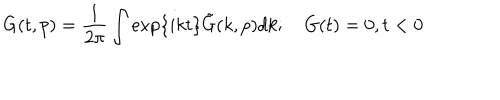
LaTeX: G ( t , p ) = \frac { 1 } { 2 \pi } \int \exp \{ i k t \} \tilde { G } ( k , p ) d k ; \quad G ( t ) = 0 , t < 0